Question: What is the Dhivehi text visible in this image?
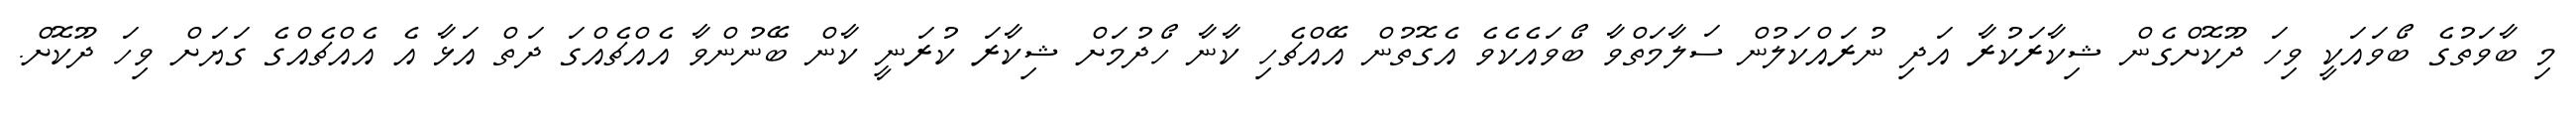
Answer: މި ބާވަތުގެ ބޯވައަކީ ވިހަ ދޫކޮށްގެން ޝިކާރަކުރާ އަދި ނުރައްކަލުން ސަލާމަތްވާ ބޯވައެކެވެ އެގޮތުން އޭއްޗެހި ކާނާ ހޯދުމަށް ޝިކާރަ ކުރަނީ ކާން ބޭނުންވާ އެއްޗެއްގަ ދަތް އަޅާ އެ އެއްޗެއްގެ ގަޔަށް ވިހަ ދޫކޮށް.